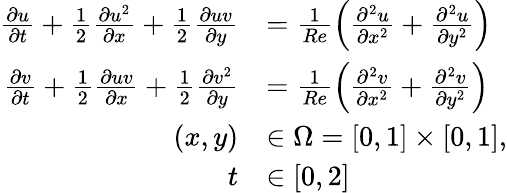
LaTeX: \begin{array}{rl}{\frac{\partial u}{\partial t}+\frac{1}{2}\frac{\partial u^{2}}{\partial x}+\frac{1}{2}\frac{\partial uv}{\partial y}}&{=\frac{1}{Re}\left(\frac{\partial^{2}u}{\partial x^{2}}+\frac{\partial^{2}u}{\partial y^{2}}\right)}\\ {\frac{\partial v}{\partial t}+\frac{1}{2}\frac{\partial uv}{\partial x}+\frac{1}{2}\frac{\partial v^{2}}{\partial y}}&{=\frac{1}{Re}\left(\frac{\partial^{2}v}{\partial x^{2}}+\frac{\partial^{2}v}{\partial y^{2}}\right)}\\ {(x,y)}&{\in\Omega=[0,1]\times[0,1],}\\ {t}&{\in[0,2]}\end{array}